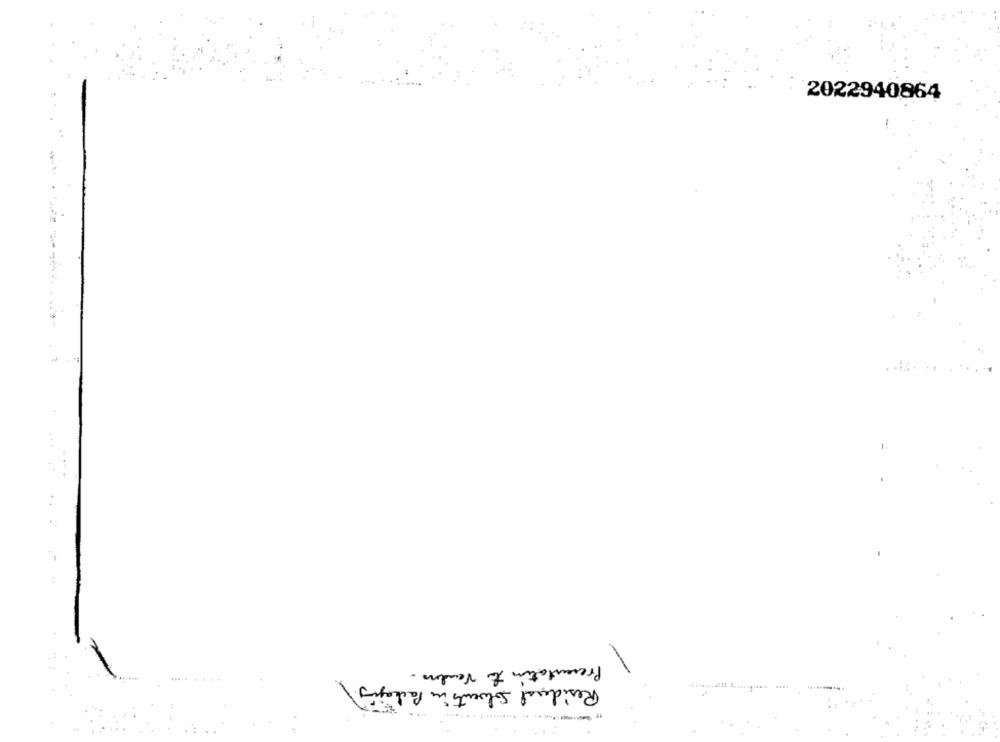
2022940864
Presentation to Vendo.
Residual Solvents in Packaging.